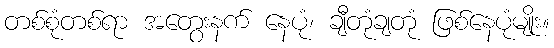
တစ်စုံတစ်ရာ အတွေးနက် နေပုံ၊ ချီတုံချတုံ ဖြစ်နေပုံမျိုး။